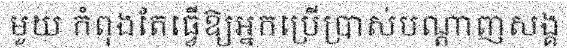
មួយ កំពុងតែធ្វើឱ្យអ្នកប្រើប្រាស់បណ្តាញសង្គ